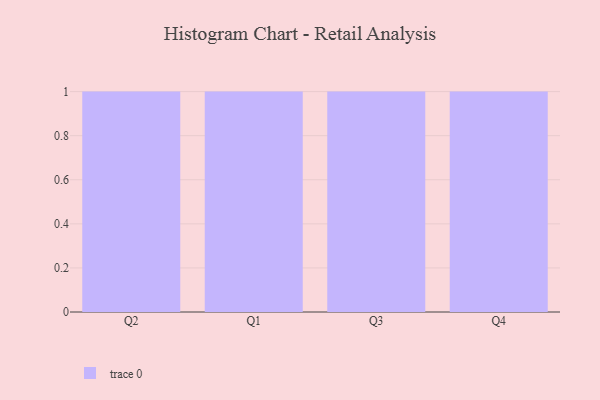
{"axis": {"x": "Quarter", "y": "Conversion Rate (%)"}, "legend": [""], "data": [{"x": "Q2", "y": 78, "type": ""}, {"x": "Q1", "y": 61, "type": ""}, {"x": "Q3", "y": 9, "type": ""}, {"x": "Q4", "y": 35, "type": ""}]}